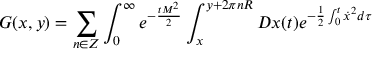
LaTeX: G ( x , y ) = \sum _ { n \in Z } \int _ { 0 } ^ { \infty } e ^ { - { \frac { t M ^ { 2 } } { 2 } } } \int _ { x } ^ { y + 2 \pi n R } { \cal D } x ( t ) e ^ { - { \frac { 1 } { 2 } } \int _ { 0 } ^ { t } \dot { x } ^ { 2 } d \tau }